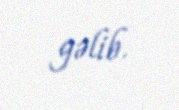
gəlib.